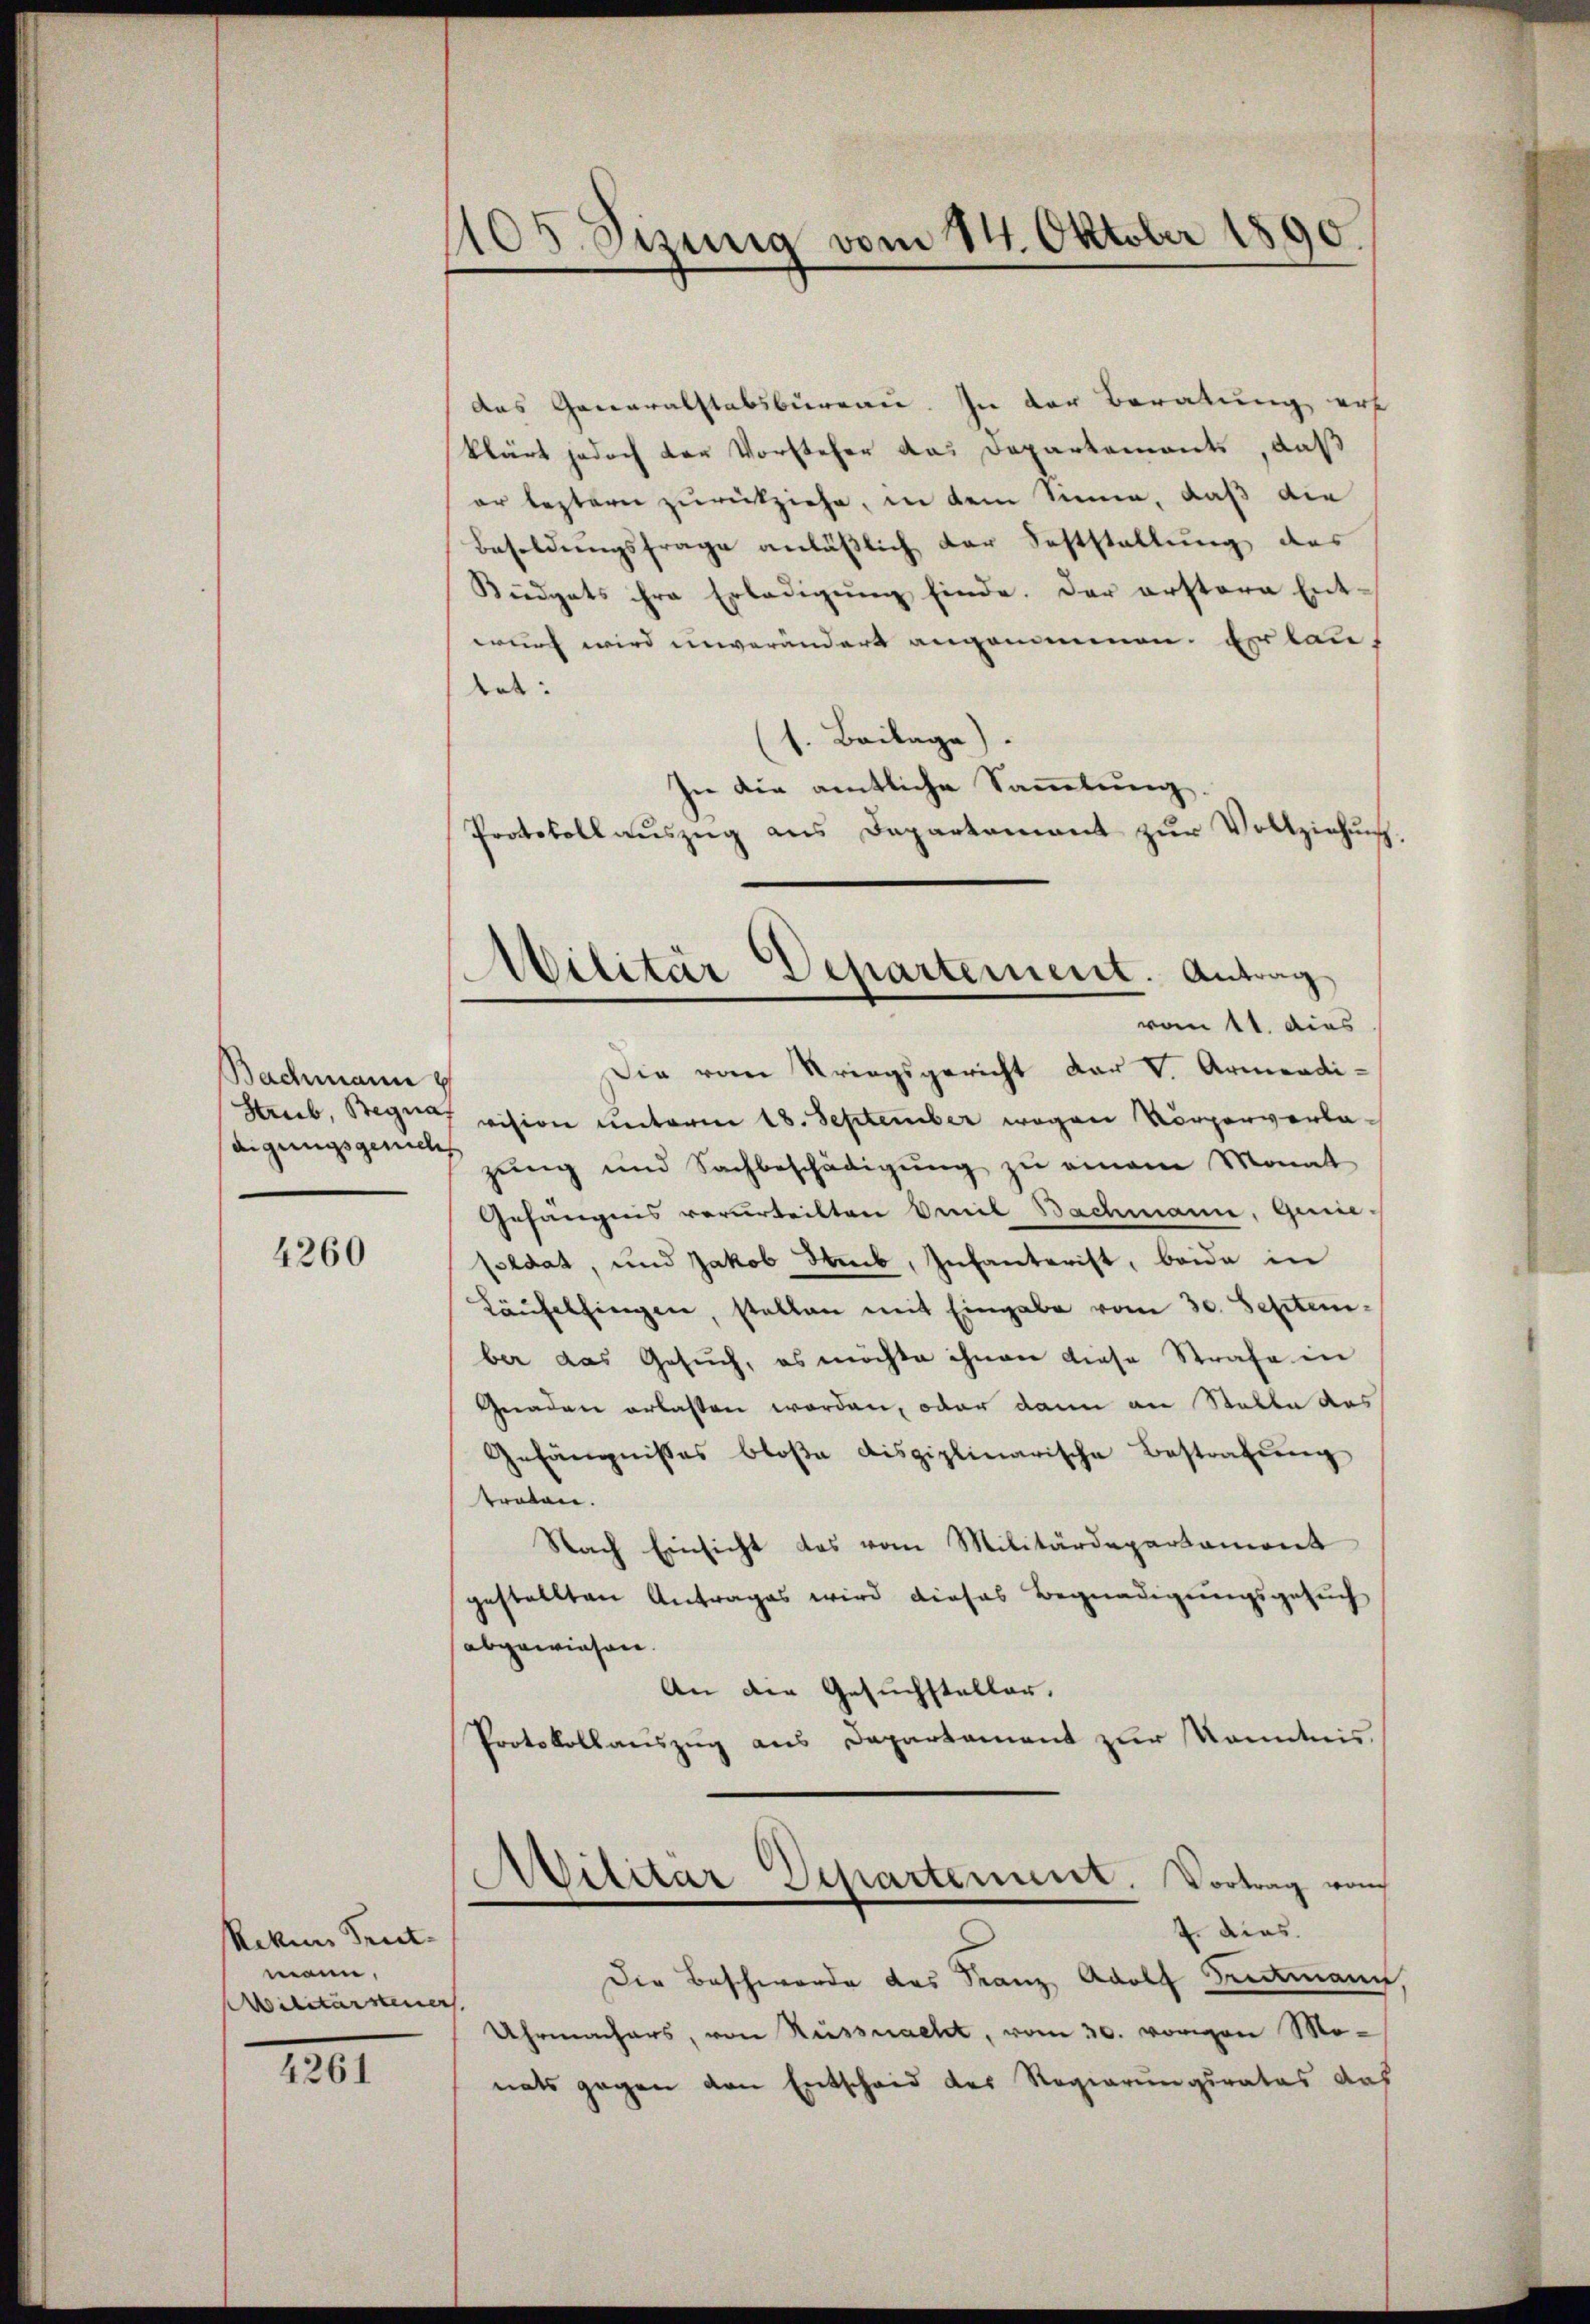
Bachmann
Strub Begna,
digungsgericht

4260

Reken Tret-
mann,
Militärsteuer

4261

1105. Sizung vom 14. Oktober 1890.

das Generalstabsbureau. In der Beratung erf
klärt jedoch der Vorsteher das Departemonts, daß
er bestern zurückziehe, in dem Sinne, daß die
Besoldŭngsfrage anläβlich der Feststellŭng des
Büdgets ihre Erledigŭng finde. Der erstere Entwurf wird unverändert angenienen. Er lau
dat.
(s. Beilage).
sie die amtliche Sammlung.
Protokollauszug aus Departement zŭr Vollziehung.

Militär Departement. Antrag
von 11. dies

Die vom Kriegsgericht der V. Armendi-
vision unterm 18. September wegen Vorgerverlazung und Sachbeschädigung zu einem Monat
Gefängnis verurteilten mil Bachmann, Genie-
pedat, und Jakob Weib, Infanterist, beide in
Läufelsingen, stellen mit Eingabe vom 30. September das Gesuch, es möchte ihnen diese Strafe in
Gnaden erlassen worden, oder dann an Stalle das
Gefängnisses bloße disziplinarische Bestrafung
traben.
Nach Einsicht das vom Militärdepartamont
gestellten Antrages wird dieses Begnadigungsgesuch
abgewiesen.
An die Gesuchsteller.
Protokollauszug aus Departement zur Kenntnis.
Militar Departement. Vortrag vom
4. dies.
Die Beschwerde des Franz Adolf Rittmann
Uhrmachers, von Küssnacht, vom 30. vorigen Monats gegen den Entscheid des Regierungsrates das